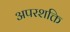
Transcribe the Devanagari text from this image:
अपरशक्ति